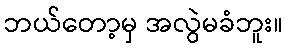
ဘယ်တော့မှ အလွဲမခံဘူး။